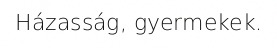
Házasság, gyermekek.